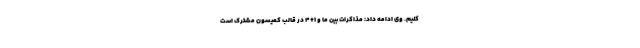
کنیم. وی ادامه داد: مذاکرات بین ما و ۱+۴ در قالب کمیسون مشترک است